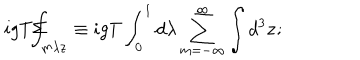
i g T \Sigma \! \! \! \! \! \! \int _ { m \lambda \mathbf { z } } \equiv i g T \int _ { 0 } ^ { 1 } d \lambda \sum _ { m = - \infty } ^ { \infty } \int d ^ { 3 } \mathbf { z ; }